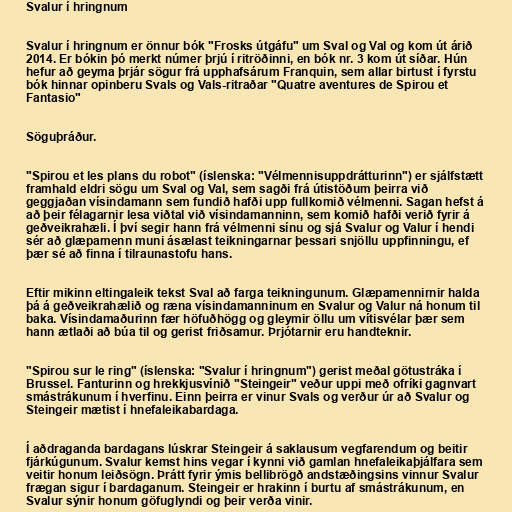
Svalur í hringnum

Svalur í hringnum er önnur bók "Frosks útgáfu" um Sval og Val og kom út árið
2014. Er bókin þó merkt númer þrjú í ritröðinni, en bók nr. 3 kom út síðar. Hún
hefur að geyma þrjár sögur frá upphafsárum Franquin, sem allar birtust í fyrstu
bók hinnar opinberu Svals og Vals-ritraðar "Quatre aventures de Spirou et
Fantasio"

Söguþráður.

"Spirou et les plans du robot" (íslenska: "Vélmennisuppdrátturinn") er sjálfstætt
framhald eldri sögu um Sval og Val, sem sagði frá útistöðum þeirra við
geggjaðan vísindamann sem fundið hafði upp fullkomið vélmenni. Sagan hefst á
að þeir félagarnir lesa viðtal við vísindamanninn, sem komið hafði verið fyrir á
geðveikrahæli. Í því segir hann frá vélmenni sínu og sjá Svalur og Valur í hendi
sér að glæpamenn muni ásælast teikningarnar þessari snjöllu uppfinningu, ef
þær sé að finna í tilraunastofu hans.

Eftir mikinn eltingaleik tekst Sval að farga teikningunum. Glæpamennirnir halda
þá á geðveikrahælið og ræna vísindamanninum en Svalur og Valur ná honum til
baka. Vísindamaðurinn fær höfuðhögg og gleymir öllu um vítisvélar þær sem
hann ætlaði að búa til og gerist friðsamur. Þrjótarnir eru handteknir.

"Spirou sur le ring" (íslenska: "Svalur í hringnum") gerist meðal götustráka í
Brussel. Fanturinn og hrekkjusvínið "Steingeir" veður uppi með ofríki gagnvart
smástrákunum í hverfinu. Einn þeirra er vinur Svals og verður úr að Svalur og
Steingeir mætist í hnefaleikabardaga.

Í aðdraganda bardagans lúskrar Steingeir á saklausum vegfarendum og beitir
fjárkúgunum. Svalur kemst hins vegar í kynni við gamlan hnefaleikaþjálfara sem
veitir honum leiðsögn. Þrátt fyrir ýmis bellibrögð andstæðingsins vinnur Svalur
frægan sigur í bardaganum. Steingeir er hrakinn í burtu af smástrákunum, en
Svalur sýnir honum göfuglyndi og þeir verða vinir.